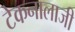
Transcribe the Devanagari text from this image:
टेकनालाजी